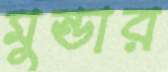
মুন্ডার